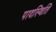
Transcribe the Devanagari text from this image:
पादस्थिति